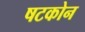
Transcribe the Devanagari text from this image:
षटकोन